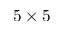
5 \times 5